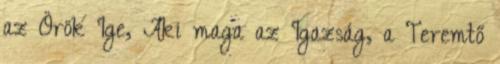
az Örök Ige, Aki maga az Igazság, a Teremtő